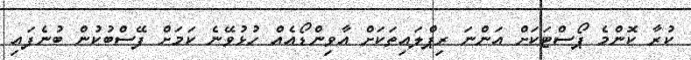
ކުރާ ކޮންމެ ޕޯސްޓަކަށް އަންނަ ރިޕްލައިތަކަށް އާވިންޑޯއެއް ހުޅުވޭނެ ކަމަށް ފޭސްބުކުން ބުނެފައި